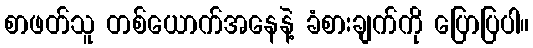
စာဖတ်သူ တစ်ယောက်အနေနဲ့ ခံစားချက်ကို ပြောပြပါ။